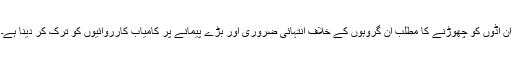
ان اڈوں کو چھوڑنے کا مطلب ان گروہوں کے خلاف انتہائی ضروری اور بڑے پیمانے پر کامیاب کارروائیوں کو ترک کر دینا ہے۔